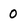
Character: 0